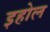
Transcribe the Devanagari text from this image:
इहोल